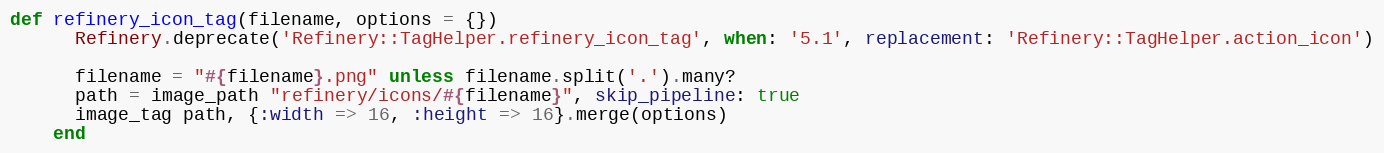
Language: Ruby
def refinery_icon_tag(filename, options = {})
      Refinery.deprecate('Refinery::TagHelper.refinery_icon_tag', when: '5.1', replacement: 'Refinery::TagHelper.action_icon')

      filename = "#{filename}.png" unless filename.split('.').many?
      path = image_path "refinery/icons/#{filename}", skip_pipeline: true
      image_tag path, {:width => 16, :height => 16}.merge(options)
    end